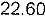
22.60